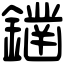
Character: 𨬭